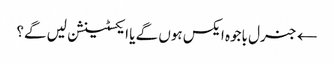
← جنرل باجوہ ایکس ہوں گے یا ایکسٹینشن لیں گے؟